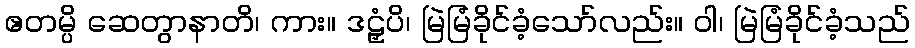
ဧတမ္ပိ ဆေတွာနာတိ၊ ကား။ ဒဠှံပိ၊ မြဲမြံခိုင်ခံ့သော်လည်း။ ဝါ၊ မြဲမြံခိုင်ခံ့သည်